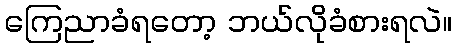
ကြေညာခံရတော့ ဘယ်လိုခံစားရလဲ။